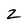
Character: 2